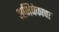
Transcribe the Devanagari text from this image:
अभिषेकाचा